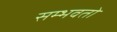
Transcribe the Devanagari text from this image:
सम्भवतो